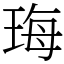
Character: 珻